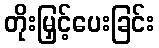
တိုးမြှင့်ပေးခြင်း